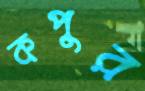
কপুর